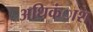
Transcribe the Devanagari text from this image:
अधिकंाश